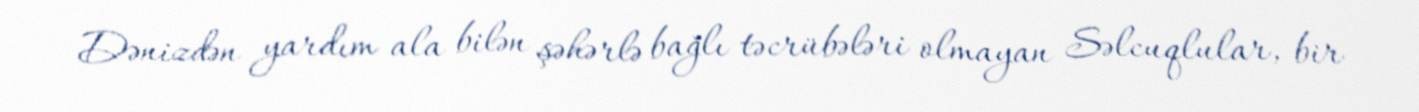
Dənizdən yardım ala bilən şəhərlə bağlı təcrübələri olmayan Səlcuqlular, bir